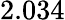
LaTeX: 2.034